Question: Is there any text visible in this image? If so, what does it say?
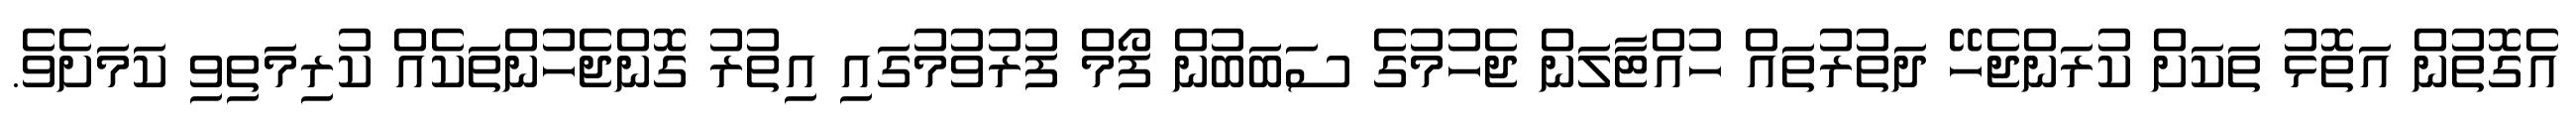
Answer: އެގޮތުން އަތޮޅު ތަކަށް ކުރަންޖެހޭ ދަތުރުތައް ހުއްޓާލަން ޖެހުމުގެ ސަބަބުން ފޯމް ފުރުވުމުގައި އިތުރު ގޮންޖެހުންތަކެއް ކުރިމަތިވި ކަމަށެވެ.